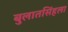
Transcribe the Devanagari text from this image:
बुलातसिंहला